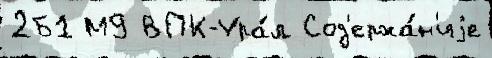
2Б1 М9 ВПК-Ура́л Сод'ержа́н'иjе